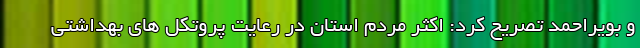
و بویراحمد تصریح کرد: اکثر مردم استان در رعایت پروتکل های بهداشتی